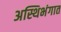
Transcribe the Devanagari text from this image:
अस्थिभंगात